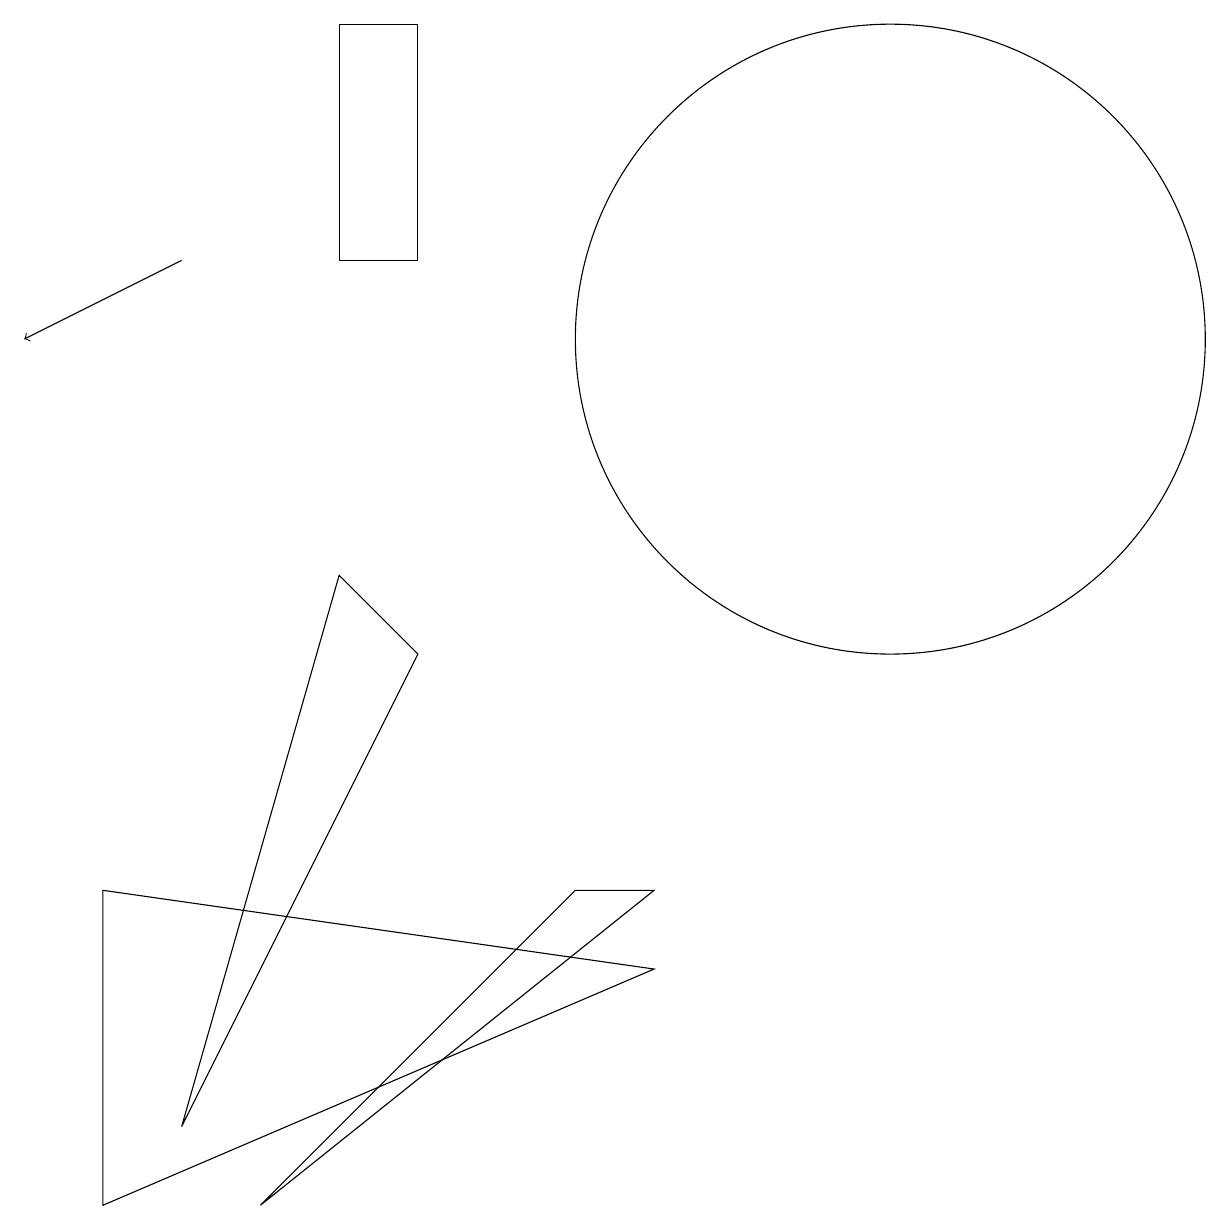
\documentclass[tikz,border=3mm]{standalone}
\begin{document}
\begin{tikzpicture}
\draw (6,12) rectangle (5,15);
\draw (12,11) circle (4);
\draw (10,11) circle (0);
\draw (6,7) -- (5,8) -- (3,1) -- cycle;
\draw[->] (3,12) -- (1,11);
\draw (9,4) -- (4,0) -- (8,4) -- cycle;
\draw (2,4) -- (9,3) -- (2,0) -- cycle;
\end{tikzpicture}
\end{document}